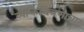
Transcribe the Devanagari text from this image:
व्यक्तिचित्रणाचा